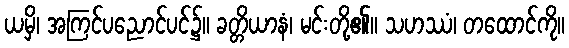
ယမှိ၊ အကြင်ပညောင်ပင်၌။ ခတ္တိယာနံ၊ မင်းတို့၏။ သဟဿံ၊ တထောင်ကို။